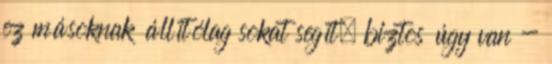
ez másoknak állítólag sokat segít. biztos úgy van -